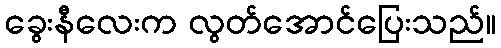
ခွေးနီလေးက လွတ်အောင်ပြေးသည်။